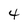
Character: 4